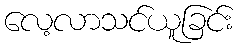
လေ့လာသင်ယူခြင်း